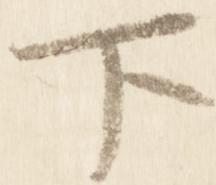
下